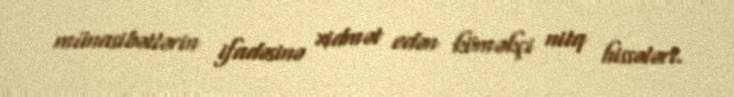
münasibətlərin ifadəsinə xidmət edən köməkçi nitq hissələri.